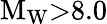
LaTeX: \mathrm{M}_{\mathrm{W}}{>}8.0